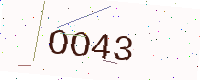
Text: OO43